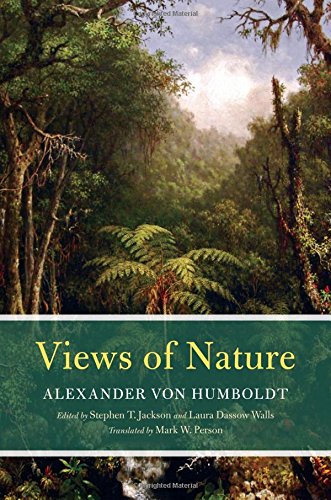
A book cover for Views of Nature; Alexander von Humboldt; History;